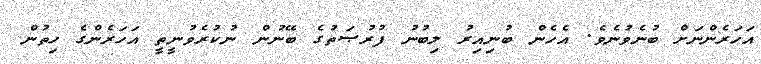
އަހަރެންނަށް ބުނެވުނެވެ. އެހެން ބުނިއިރު ލިބުނު ފުރުޞަތުގެ ބޭނުން ނުކުރެވުނީތީ އަހަރެންގެ ހިތުން